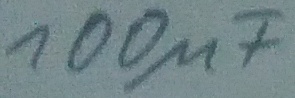
Text: 100µF